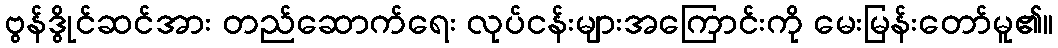
ဗွန်ဒွိုင်ဆင်အား တည်ဆောက်ရေး လုပ်ငန်းများအကြောင်းကို မေးမြန်းတော်မူ၏။